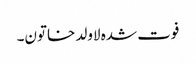
فوت شدہ لاولد خاتون۔